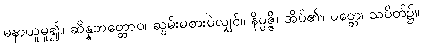
မနာယူမူ၍။ ဆိန္နဘတ္တောဝ၊ ဆွမ်းမစားပဲလျှင်။ နိပ္ပဇ္ဇိ၊ အိပ်၏။ ပတ္တေ၊ သပိတ်၌။